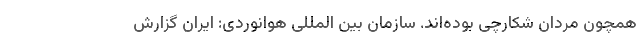
همچون مردان شکارچی بوده‌اند. سازمان بین المللی هوانوردی: ایران گزارش